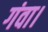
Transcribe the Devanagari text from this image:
गंवा।